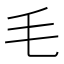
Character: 毛